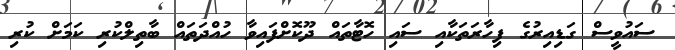
ސައުވީސް ގަޑިއިރުގެ ފިހާރަތަކާއި ސައި ހޮޓާތައް ދޫކޮށްފައިވާ ހުއްދަތައް ބާތިލްކުރި ކަމަށް ކުރި